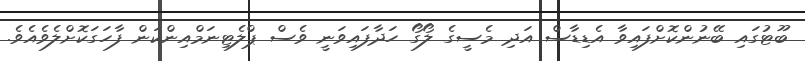
ބޫޓުގައި ބޭނުންކޮށްފައިވާ އެޑިޑާސް އަދި މެސީގެ ލޯގޯ ހަދާފައިވަނީ ވެސް ޕްލެޓިނަމްއިންކަން ފާހަގަކޮށްލެވެއެވެ.